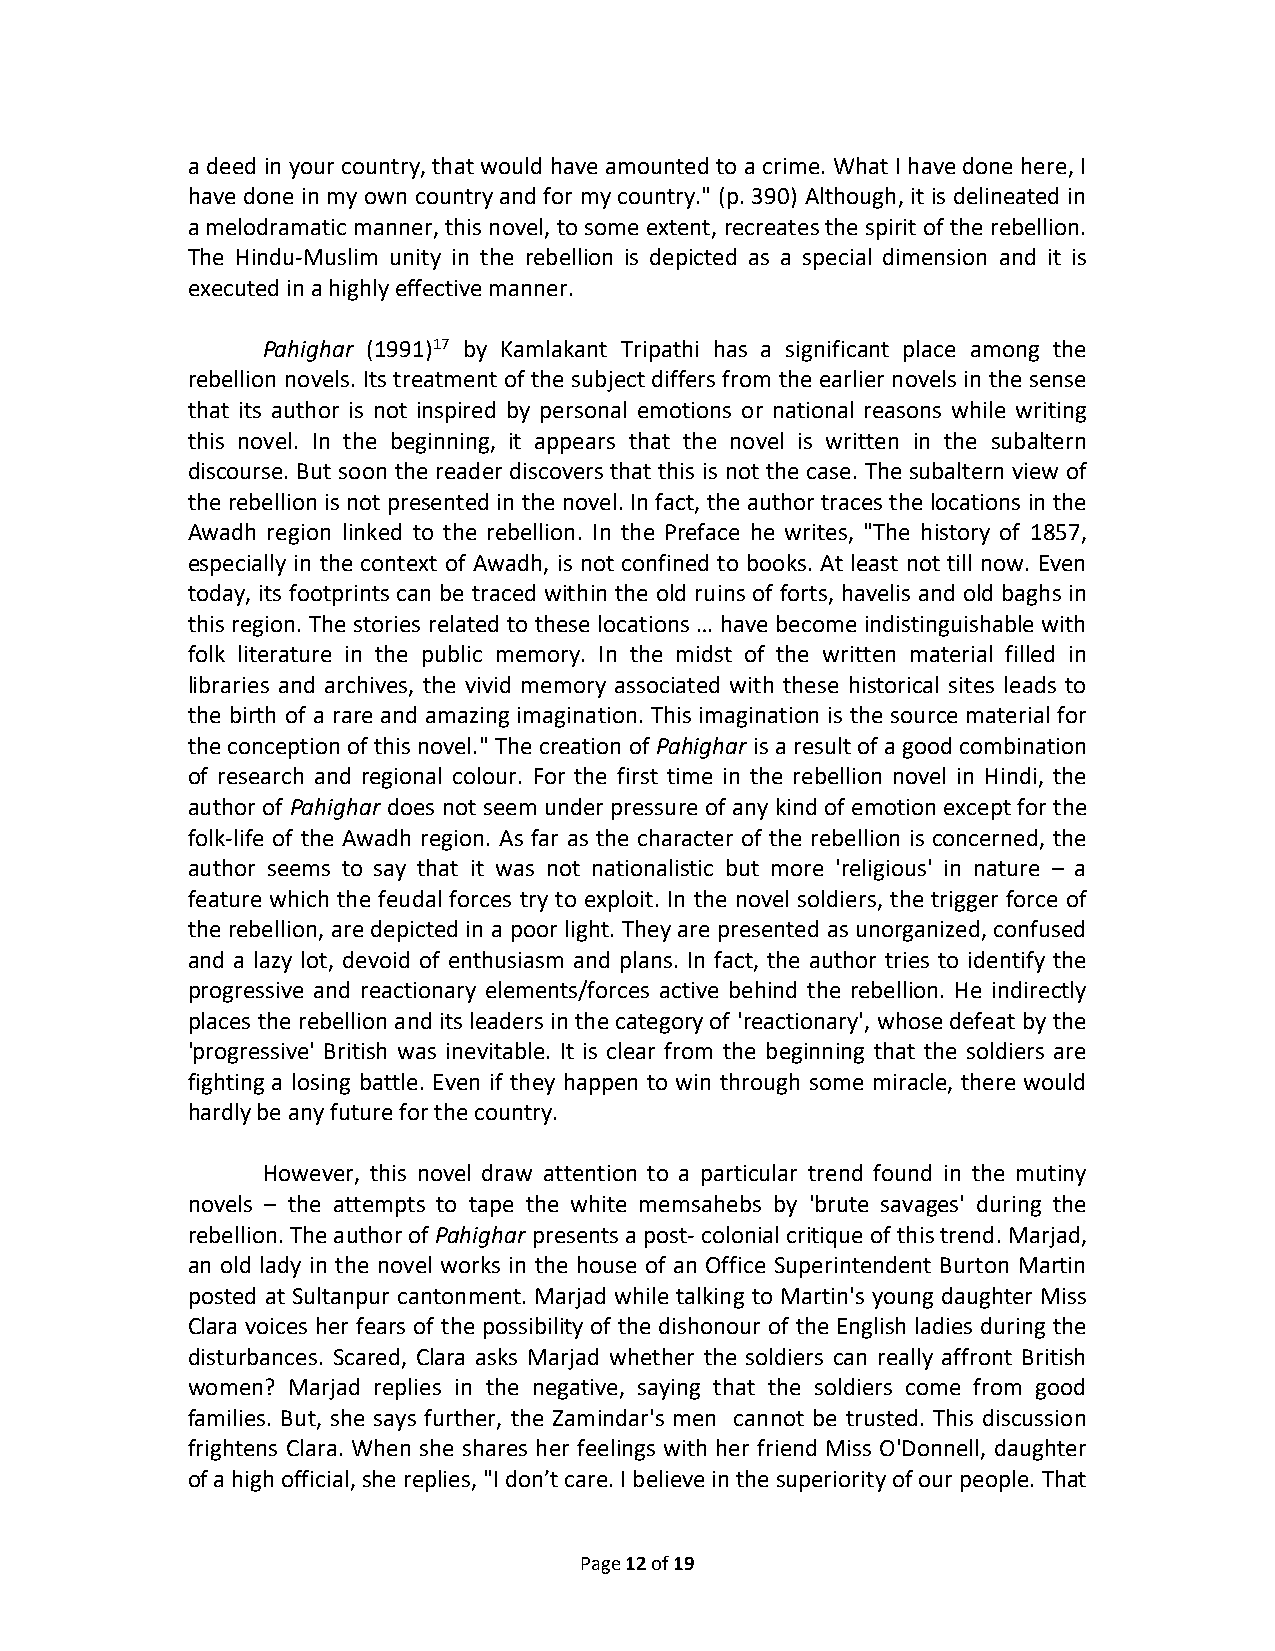
a deed in your country, that would have amounted to a crime. What I have done here, I
 have done in my own country and for my country." (p. 390) Although, it is delineated in
 a melodramatic manner, this novel, to some extent, recreates the spirit of the rebellion.
 The Hindu-Muslim unity in the rebellion is depicted as a special dimension and it is
 executed in a highly effective manner.
 Pahighar (1991)17 by Kamlakant Tripathi has a significant place among the
 rebellion novels. Its treatment of the subject differs from the earlier novels in the sense
 that its author is not inspired by personal emotions or national reasons while writing
 this novel. In the beginning, it appears that the novel is written in the subaltern
 discourse. But soon the reader discovers that this is not the case. The subaltern view of
 the rebellion is not presented in the novel. In fact, the author traces the locations in the
 Awadh region linked to the rebellion. In the Preface he writes, "The history of 1857,
 especially in the context of Awadh, is not confined to books. At least not till now. Even
 today, its footprints can be traced within the old ruins of forts, havelis and old baghs in
 this region. The stories related to these locations … have become indistinguishable with
 folk literature in the public memory. In the midst of the written material filled in
 libraries and archives, the vivid memory associated with these historical sites leads to
 the birth of a rare and amazing imagination. This imagination is the source material for
 the conception of this novel." The creation of Pahighar is a result of a good combination
 of research and regional colour. For the first time in the rebellion novel in Hindi, the
 author of Pahighar does not seem under pressure of any kind of emotion except for the
 folk-life of the Awadh region. As far as the character of the rebellion is concerned, the
 author seems to say that it was not nationalistic but more 'religious' in nature – a
 feature which the feudal forces try to exploit. In the novel soldiers, the trigger force of
 the rebellion, are depicted in a poor light. They are presented as unorganized, confused
 and a lazy lot, devoid of enthusiasm and plans. In fact, the author tries to identify the
 progressive and reactionary elements/forces active behind the rebellion. He indirectly
 places the rebellion and its leaders in the category of 'reactionary', whose defeat by the
 'progressive' British was inevitable. It is clear from the beginning that the soldiers are
 fighting a losing battle. Even if they happen to win through some miracle, there would
 hardly be any future for the country.
 However, this novel draw attention to a particular trend found in the mutiny
 novels – the attempts to tape the white memsahebs by 'brute savages' during the
 rebellion. The author of Pahighar presents a post- colonial critique of this trend. Marjad,
 an old lady in the novel works in the house of an Office Superintendent Burton Martin
 posted at Sultanpur cantonment. Marjad while talking to Martin's young daughter Miss
 Clara voices her fears of the possibility of the dishonour of the English ladies during the
 disturbances. Scared, Clara asks Marjad whether the soldiers can really affront British
 women? Marjad replies in the negative, saying that the soldiers come from good
 families. But, she says further, the Zamindar's men cannot be trusted. This discussion
 frightens Clara. When she shares her feelings with her friend Miss O'Donnell, daughter
 of a high official, she replies, "I don’t care. I believe in the superiority of our people. That
 Page 12 of 19